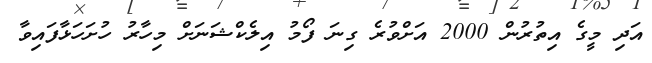
އަދި މީގެ އިތުރުން 2000 އަށްވުރެ ގިނަ ފޯމު އިލެކްޝަނަށް މިހާރު ހުށަހަޅާފައިވާ